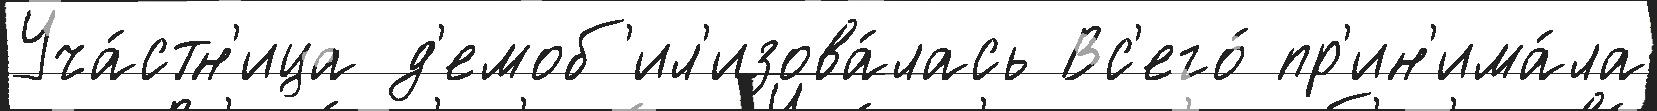
Уча́стн'ица д'емоб'ил'изова́лась Вс'его́ пр'ин'има́ла